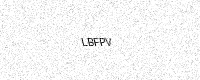
Text: LBFPV